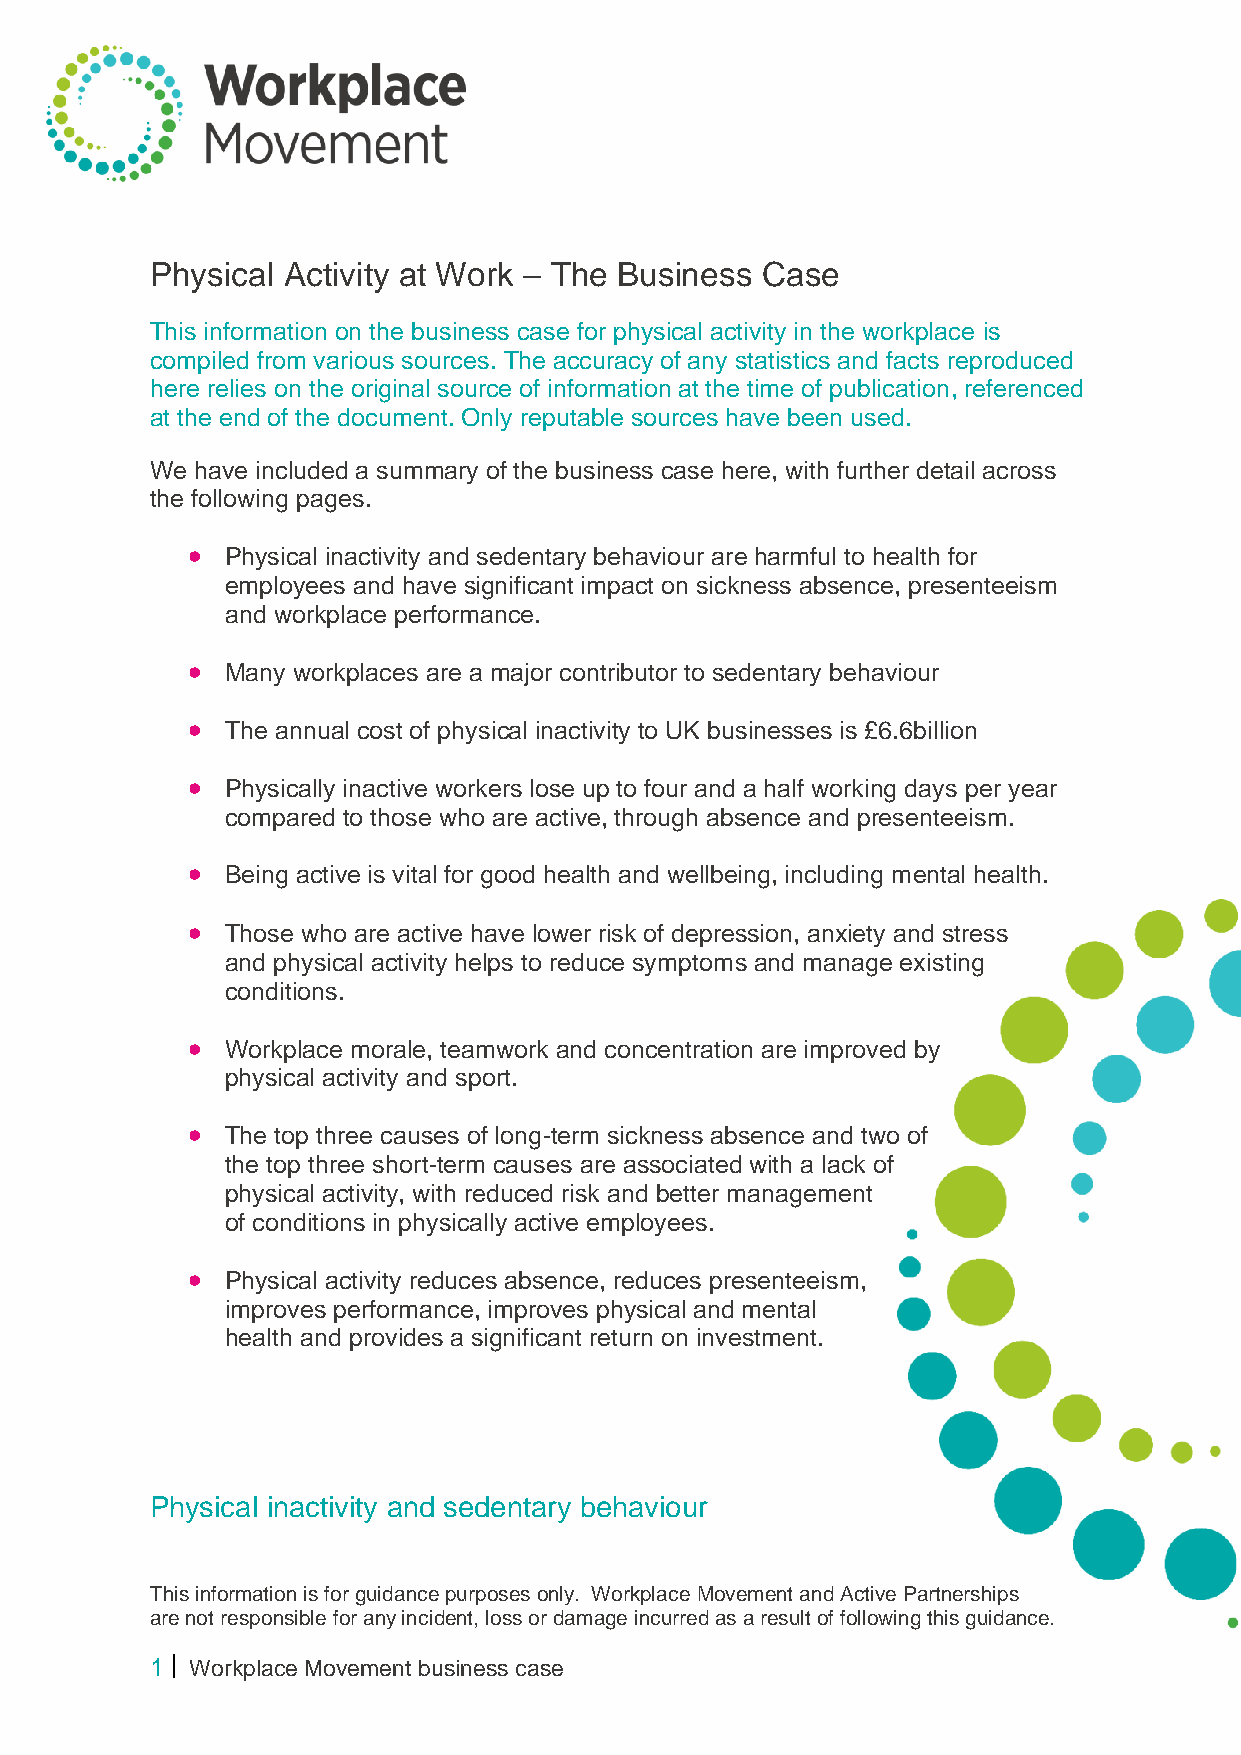
Physical Activity at Work – The Business Case
 This information on the business case for physical activity in the workplace is
 compiled from various sources. The accuracy of any statistics and facts reproduced
 here relies on the original source of information at the time of publication, referenced
 at the end of the document. Only reputable sources have been used.
 We have included a summary of the business case here, with further detail across
 the following pages.
 •  Physical inactivity and sedentary behaviour are harmful to health for
 employees and have significant impact on sickness absence, presenteeism
 and workplace performance.
 •  Many workplaces are a major contributor to sedentary behaviour
 •  The annual cost of physical inactivity to UK businesses is £6.6billion
 •  Physically inactive workers lose up to four and a half working days per year
 compared to those who are active, through absence and presenteeism.
 •  Being active is vital for good health and wellbeing, including mental health.
 •  Those who are active have lower risk of depression, anxiety and stress
 and physical activity helps to reduce symptoms and manage existing
 conditions.
 •  Workplace morale, teamwork and concentration are improved by
 physical activity and sport.
 •  The top three causes of long-term sickness absence and two of
 the top three short-term causes are associated with a lack of
 physical activity, with reduced risk and better management
 of conditions in physically active employees.
 •  Physical activity reduces absence, reduces presenteeism,
 improves performance, improves physical and mental
 health and provides a significant return on investment.
 Physical inactivity and sedentary behaviour
 This information is for guidance purposes only. Workplace Movement and Active Partnerships
 are not responsible for any incident, loss or damage incurred as a result of following this guidance.
 1  Workplace Movement business case